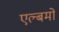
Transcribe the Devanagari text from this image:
एल्बमो